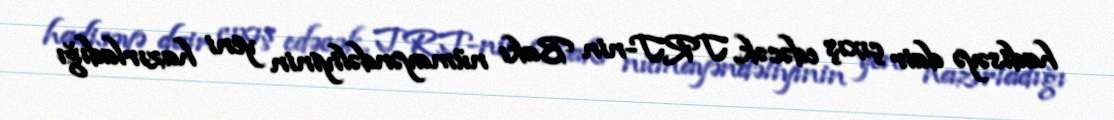
hadisəyə dair çıxış edəcək, TRT-nin Bakı nümayəndəliyinin yeni hazırladığı